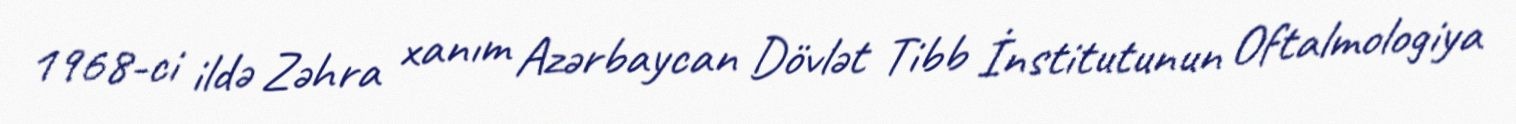
1968-ci ildə Zəhra xanım Azərbaycan Dövlət Tibb İnstitutunun Oftalmologiya